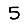
Digit: 5